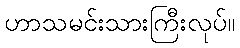
ဟာသမင်းသားကြီးလုပ်။